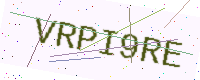
Text: VRPI9RE